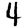
Digit: 4